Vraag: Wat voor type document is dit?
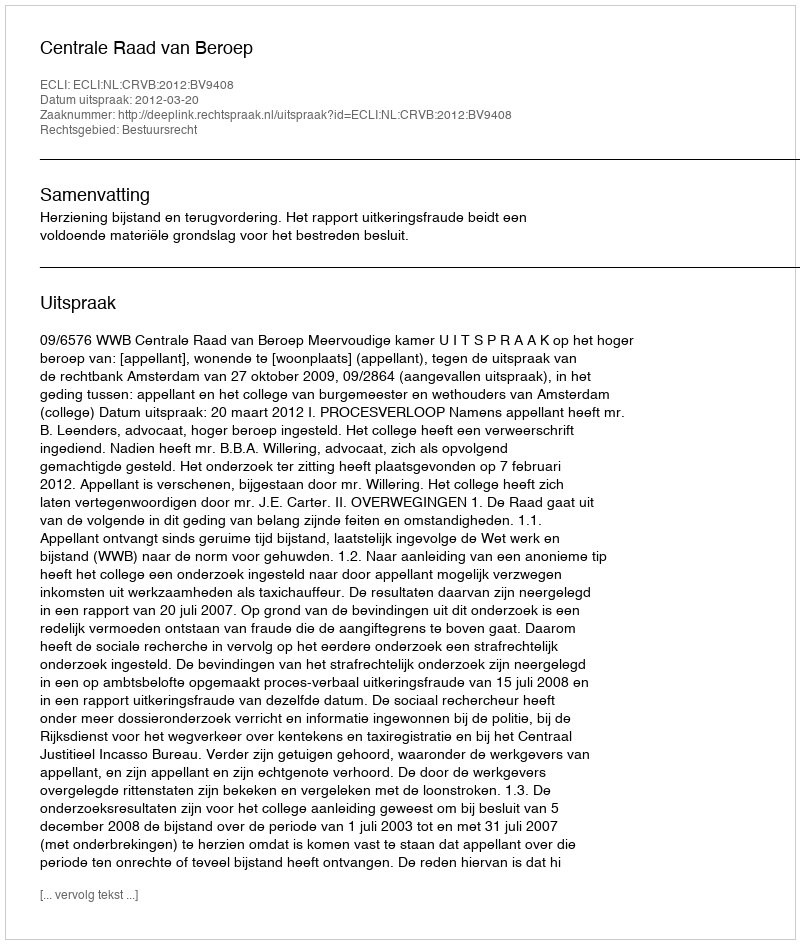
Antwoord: Uitspraak